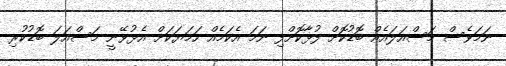
ނަމަވެސް މަސްއަލައެއް ބޮޑުކޮށް ފުޅާކޮށްފި ނަމަ އެކަމެއް ހަމަޔަކަށް އެޅުވޭނީ މަސްއަލަ ބޮޑުކުރި